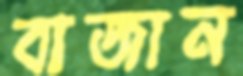
বাজান